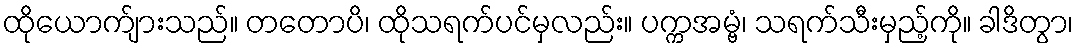
ထိုယောက်ျားသည်။ တတောပိ၊ ထိုသရက်ပင်မှလည်း။ ပက္ကအမ္ဗံ၊ သရက်သီးမှည့်ကို။ ခါဒိတွာ၊